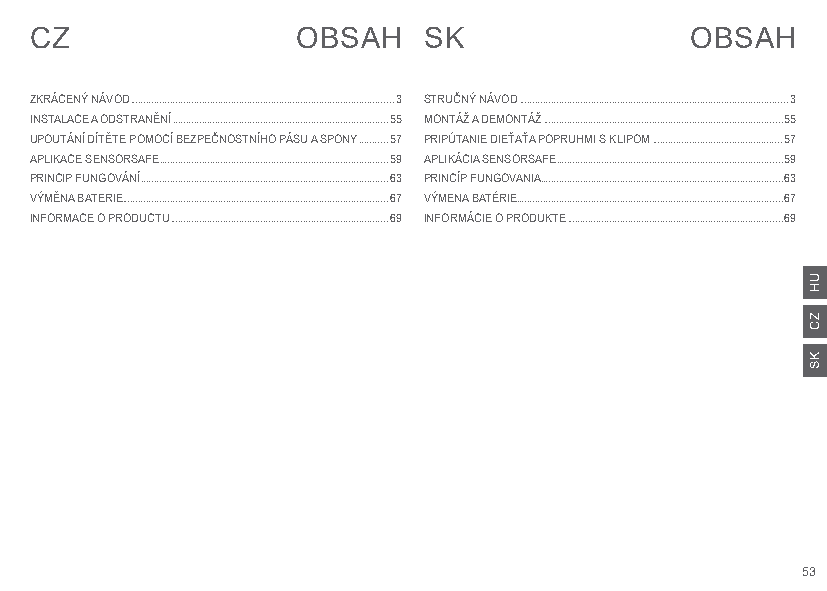
CZ                OBSAH   SK                OBSAH
 ZKRÁCENÝ NÁVOD ...................................................................................................3 STRUČNÝ NÁVOD .....................................................................................................3
 INSTALACE A ODSTRANĚNÍ .................................................................................55 MONTÁŽ A DEMONTÁŽ ..........................................................................................55
 UPOUTÁNÍ DÍTĚTE POMOCÍ BEZPEČNOSTNÍHO PÁSU A SPONY ...........57 PRIPÚTANIE DIEŤAŤA POPRUHMI S KLIPOM .................................................57
 APLIKACE SENSORSAFE ......................................................................................59 APLIKÁCIA SENSORSAFE .....................................................................................59
 PRINCIP FUNGOVÁNÍ .............................................................................................63 PRINCÍP FUNGOVANIA ...........................................................................................63
 VÝMĚNA BATERIE....................................................................................................67 VÝMENA BATÉRIE....................................................................................................67
 INFORMACE O PRODUCTU ..................................................................................69 INFORMÁCIE O PRODUKTE .................................................................................69
 53
 UH
 ZC
 KS